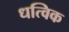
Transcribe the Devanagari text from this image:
धत्विक